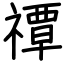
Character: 禫